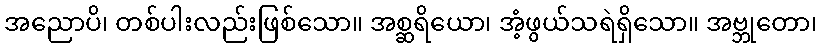
အညောပိ၊ တစ်ပါးလည်းဖြစ်သော။ အစ္ဆရိယော၊ အံ့ဖွယ်သရဲရှိသော။ အဗ္ဘုတော၊